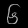
Digit: ၆